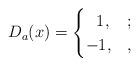
LaTeX: \begin{align*}D_a(x)=\begin{cases} \ \ 1, & ;\\ -1, & ,\end{cases}\end{align*}